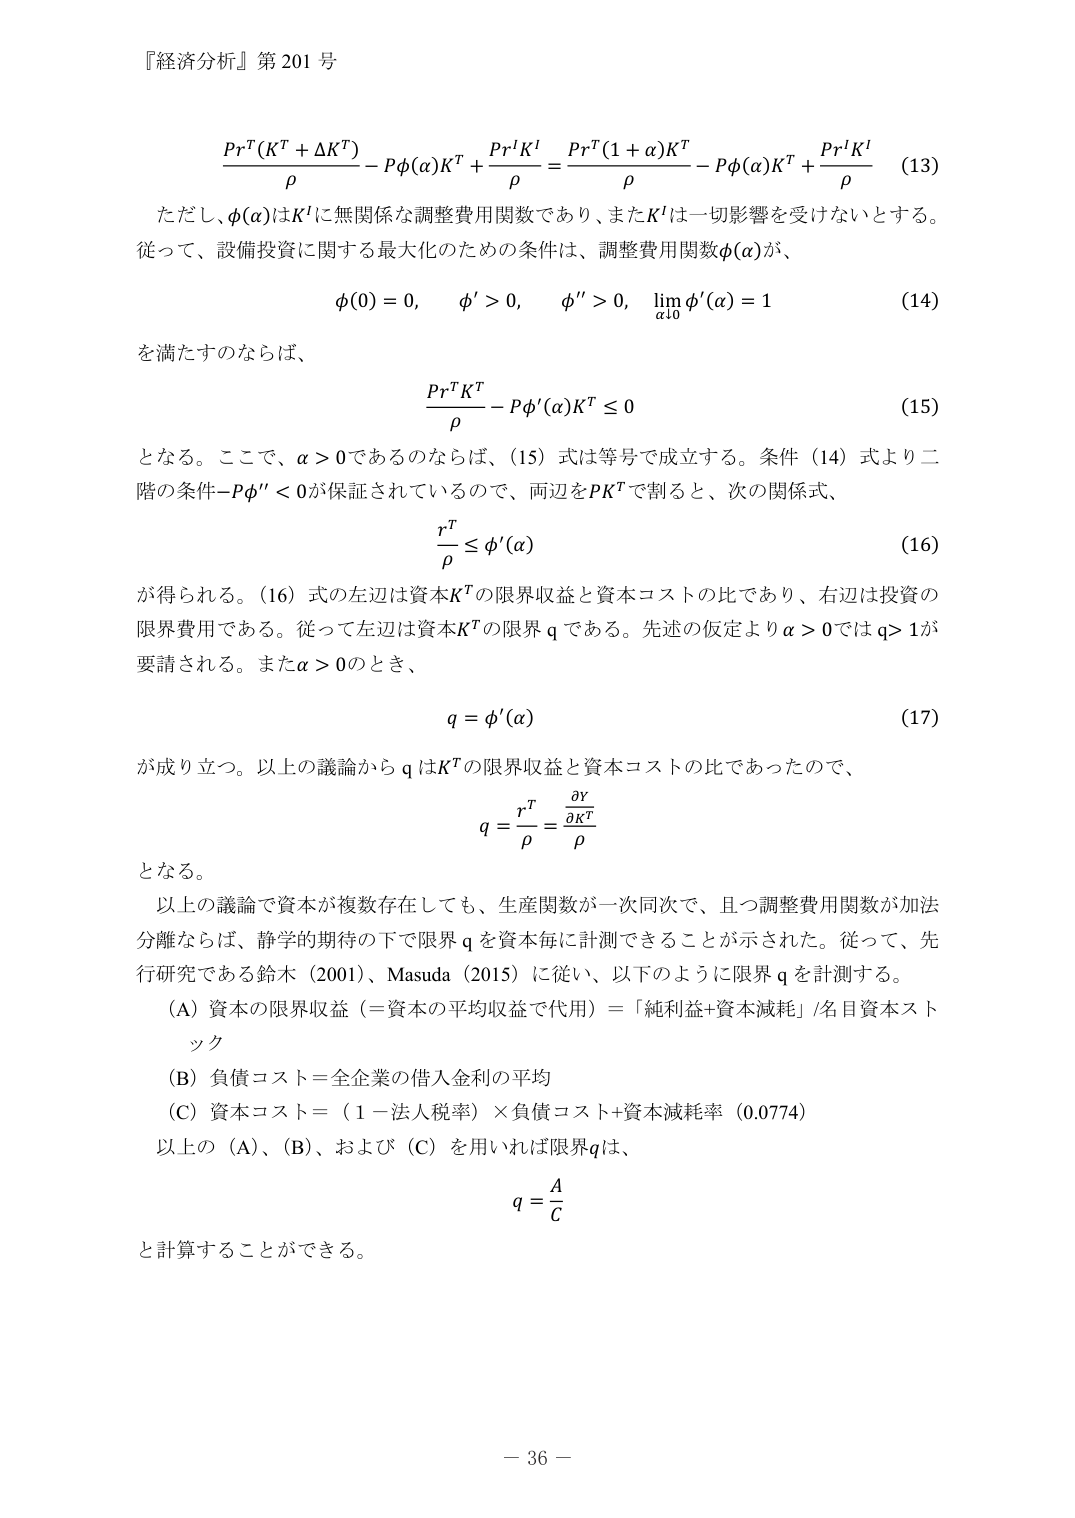
『経済分析』第 201 号

\frac{Pr^T(K^T + \Delta K^T)}{\rho} - P\phi(\alpha)K^T + \frac{Pr^I K^I}{\rho} = \frac{Pr^T(1 + \alpha)K^T}{\rho} - P\phi(\alpha)K^T + \frac{Pr^I K^I}{\rho} \quad (13)

ただし、\phi(\alpha)はK^Iに無関係な調整費用関数であり、またK^Iは一切影響を受けないとする。従って、設備投資に関する最大化のための条件は、調整費用関数\phi(\alpha)が、

\phi(0) = 0, \quad \phi' > 0, \quad \phi'' > 0, \quad \lim_{\alpha \downarrow 0} \phi'(\alpha) = 1 \quad (14)

を満たすのならば、

\frac{Pr^T K^T}{\rho} - P\phi'(\alpha)K^T \le 0 \quad (15)

となる。ここで、\alpha > 0であるのならば、(15) 式は等号で成立する。条件 (14) 式より二階の条件 -P\phi'' < 0が保証されているので、両辺をPK^Tで割ると、次の関係式、

\frac{r^T}{\rho} \le \phi'(\alpha) \quad (16)

が得られる。(16) 式の左辺は資本K^Tの限界収益と資本コストの比であり、右辺は投資の限界費用である。従って左辺は資本K^Tの限界 q である。先述の仮定より\alpha > 0では q > 1が要請される。また\alpha > 0のとき、

q = \phi'(\alpha) \quad (17)

が成り立つ。以上の議論から q はK^Tの限界収益と資本コストの比であったので、

q = \frac{r^T}{\rho} = \frac{\frac{\partial y}{\partial K^T}}{\rho}

となる。

以上の議論で資本が複数存在しても、生産関数が一次同次で、且つ調整費用関数が加法分離ならば、静学的期待の下で限界 q を資本毎に計測できることが示された。従って、先行研究である鈴木（2001）、Masuda（2015）に従い、以下のように限界 q を計測する。

(A) 資本の限界収益（＝資本の平均収益で代用）＝「純利益+資本減耗」/名目資本ストック

(B) 負債コスト＝全企業の借入金利の平均

(C) 資本コスト＝（1－法人税率）×負債コスト+資本減耗率（0.0774）

以上の (A)、(B)、および (C) を用いれば限界qは、

q = \frac{A}{C}

と計算することができる。

－ 36 －